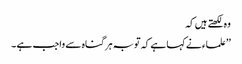
وہ لکھتے ہیں کہ
’’علماء نے کہا ہے کہ توبہ ہر گناہ سے واجب ہے ۔